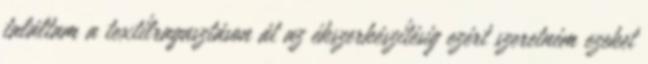
találtam a textílragasztáson át az ékszerkészítésig ezért szeretném ezeket